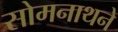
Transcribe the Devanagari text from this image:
सोमनाथने